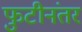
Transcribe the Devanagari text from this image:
फुटीनंतर